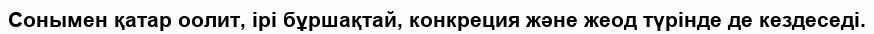
Сонымен қатар оолит, ірі бұршақтай, конкреция және жеод түрінде де кездеседі.